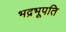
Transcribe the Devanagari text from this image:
भद्रभूपति